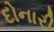
દોનારી